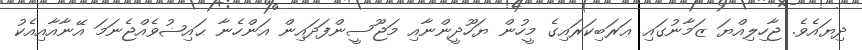
ދިޔައެވެ. ޖާހިލިއްޔަ ޒަމާނުގައި ޢަރަބިކަރައިގެ މީހުން ޔަހޫދީންނާއި މަޖޫސީންފަދައިން އަންހެނާ ޙައިޟުވެއްޖެނަމަ އޭނާއާއިއެކު